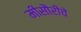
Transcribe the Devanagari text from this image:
मीसौरीचे